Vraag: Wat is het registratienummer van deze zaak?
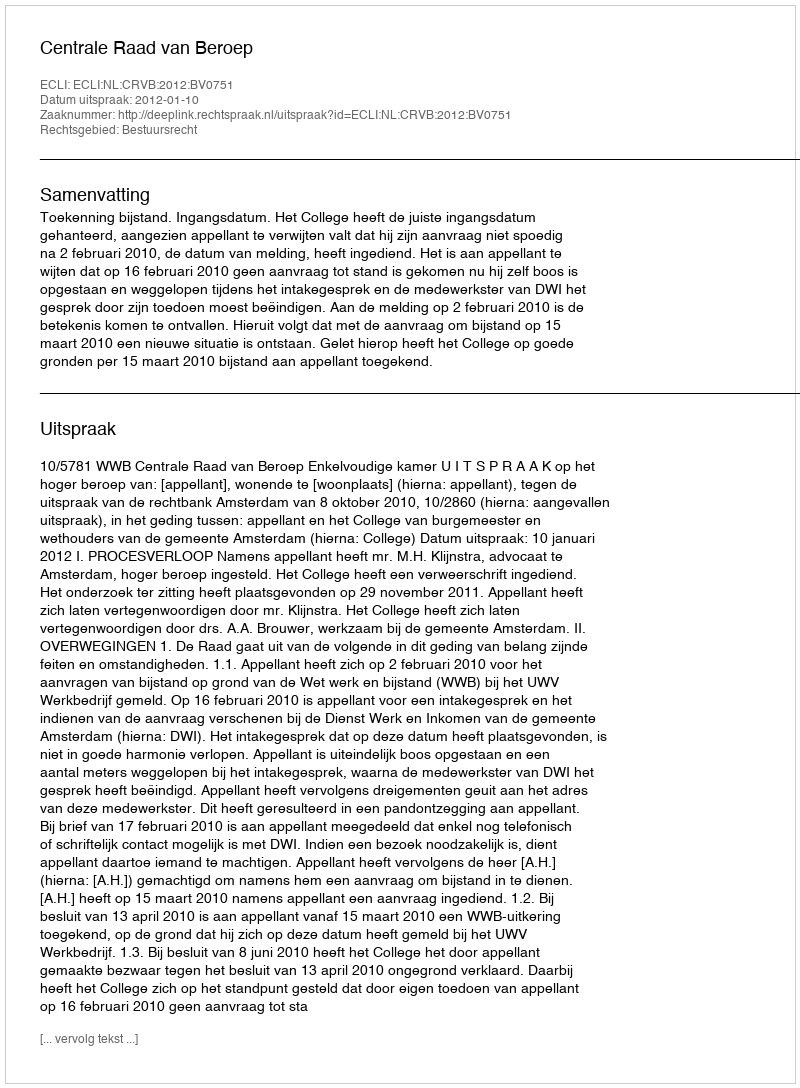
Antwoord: http://deeplink.rechtspraak.nl/uitspraak?id=ECLI:NL:CRVB:2012:BV0751